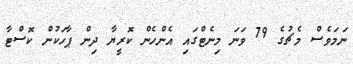
ނަމަވެސް މެޗުގެ 79 ވަނަ މިނެޓްގައި އެންހެން ކޮރީޔާ ދިން ޕާހަކުން ކޮސްޓާ